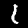
Label: 1